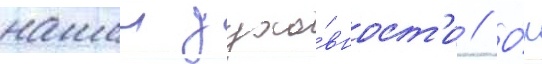
нашеи духо́вност'и // О́н